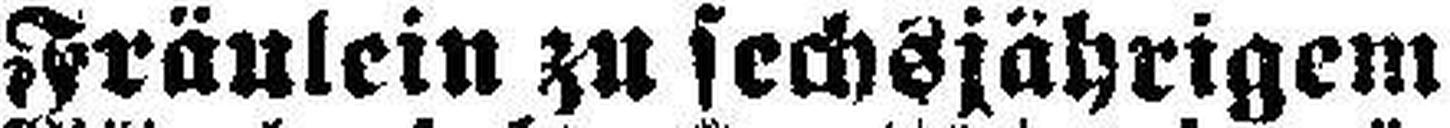
Fräulein zu sechsjährigem